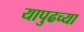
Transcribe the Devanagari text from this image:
यापुढच्या